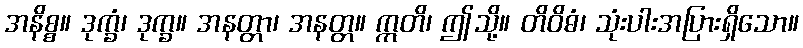
အနိစ္စ။ ဒုက္ခံ၊ ဒုက္ခ။ အနတ္တာ၊ အနတ္တ။ ဣတိ၊ ဤသို့။ တိဝိဓံ၊ သုံးပါးအပြားရှိသော။